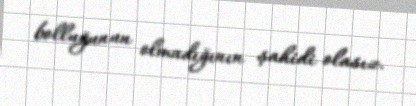
bolluğunun olmadığının şahidi olasız.